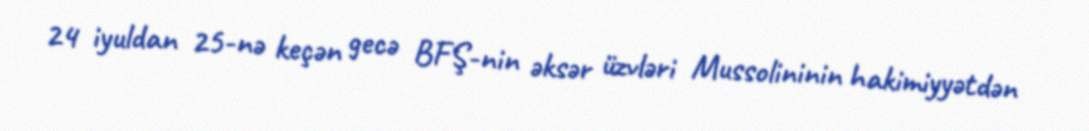
24 iyuldan 25-nə keçən gecə BFŞ-nin əksər üzvləri Mussolininin hakimiyyətdən